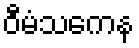
ဝီမံသကေန